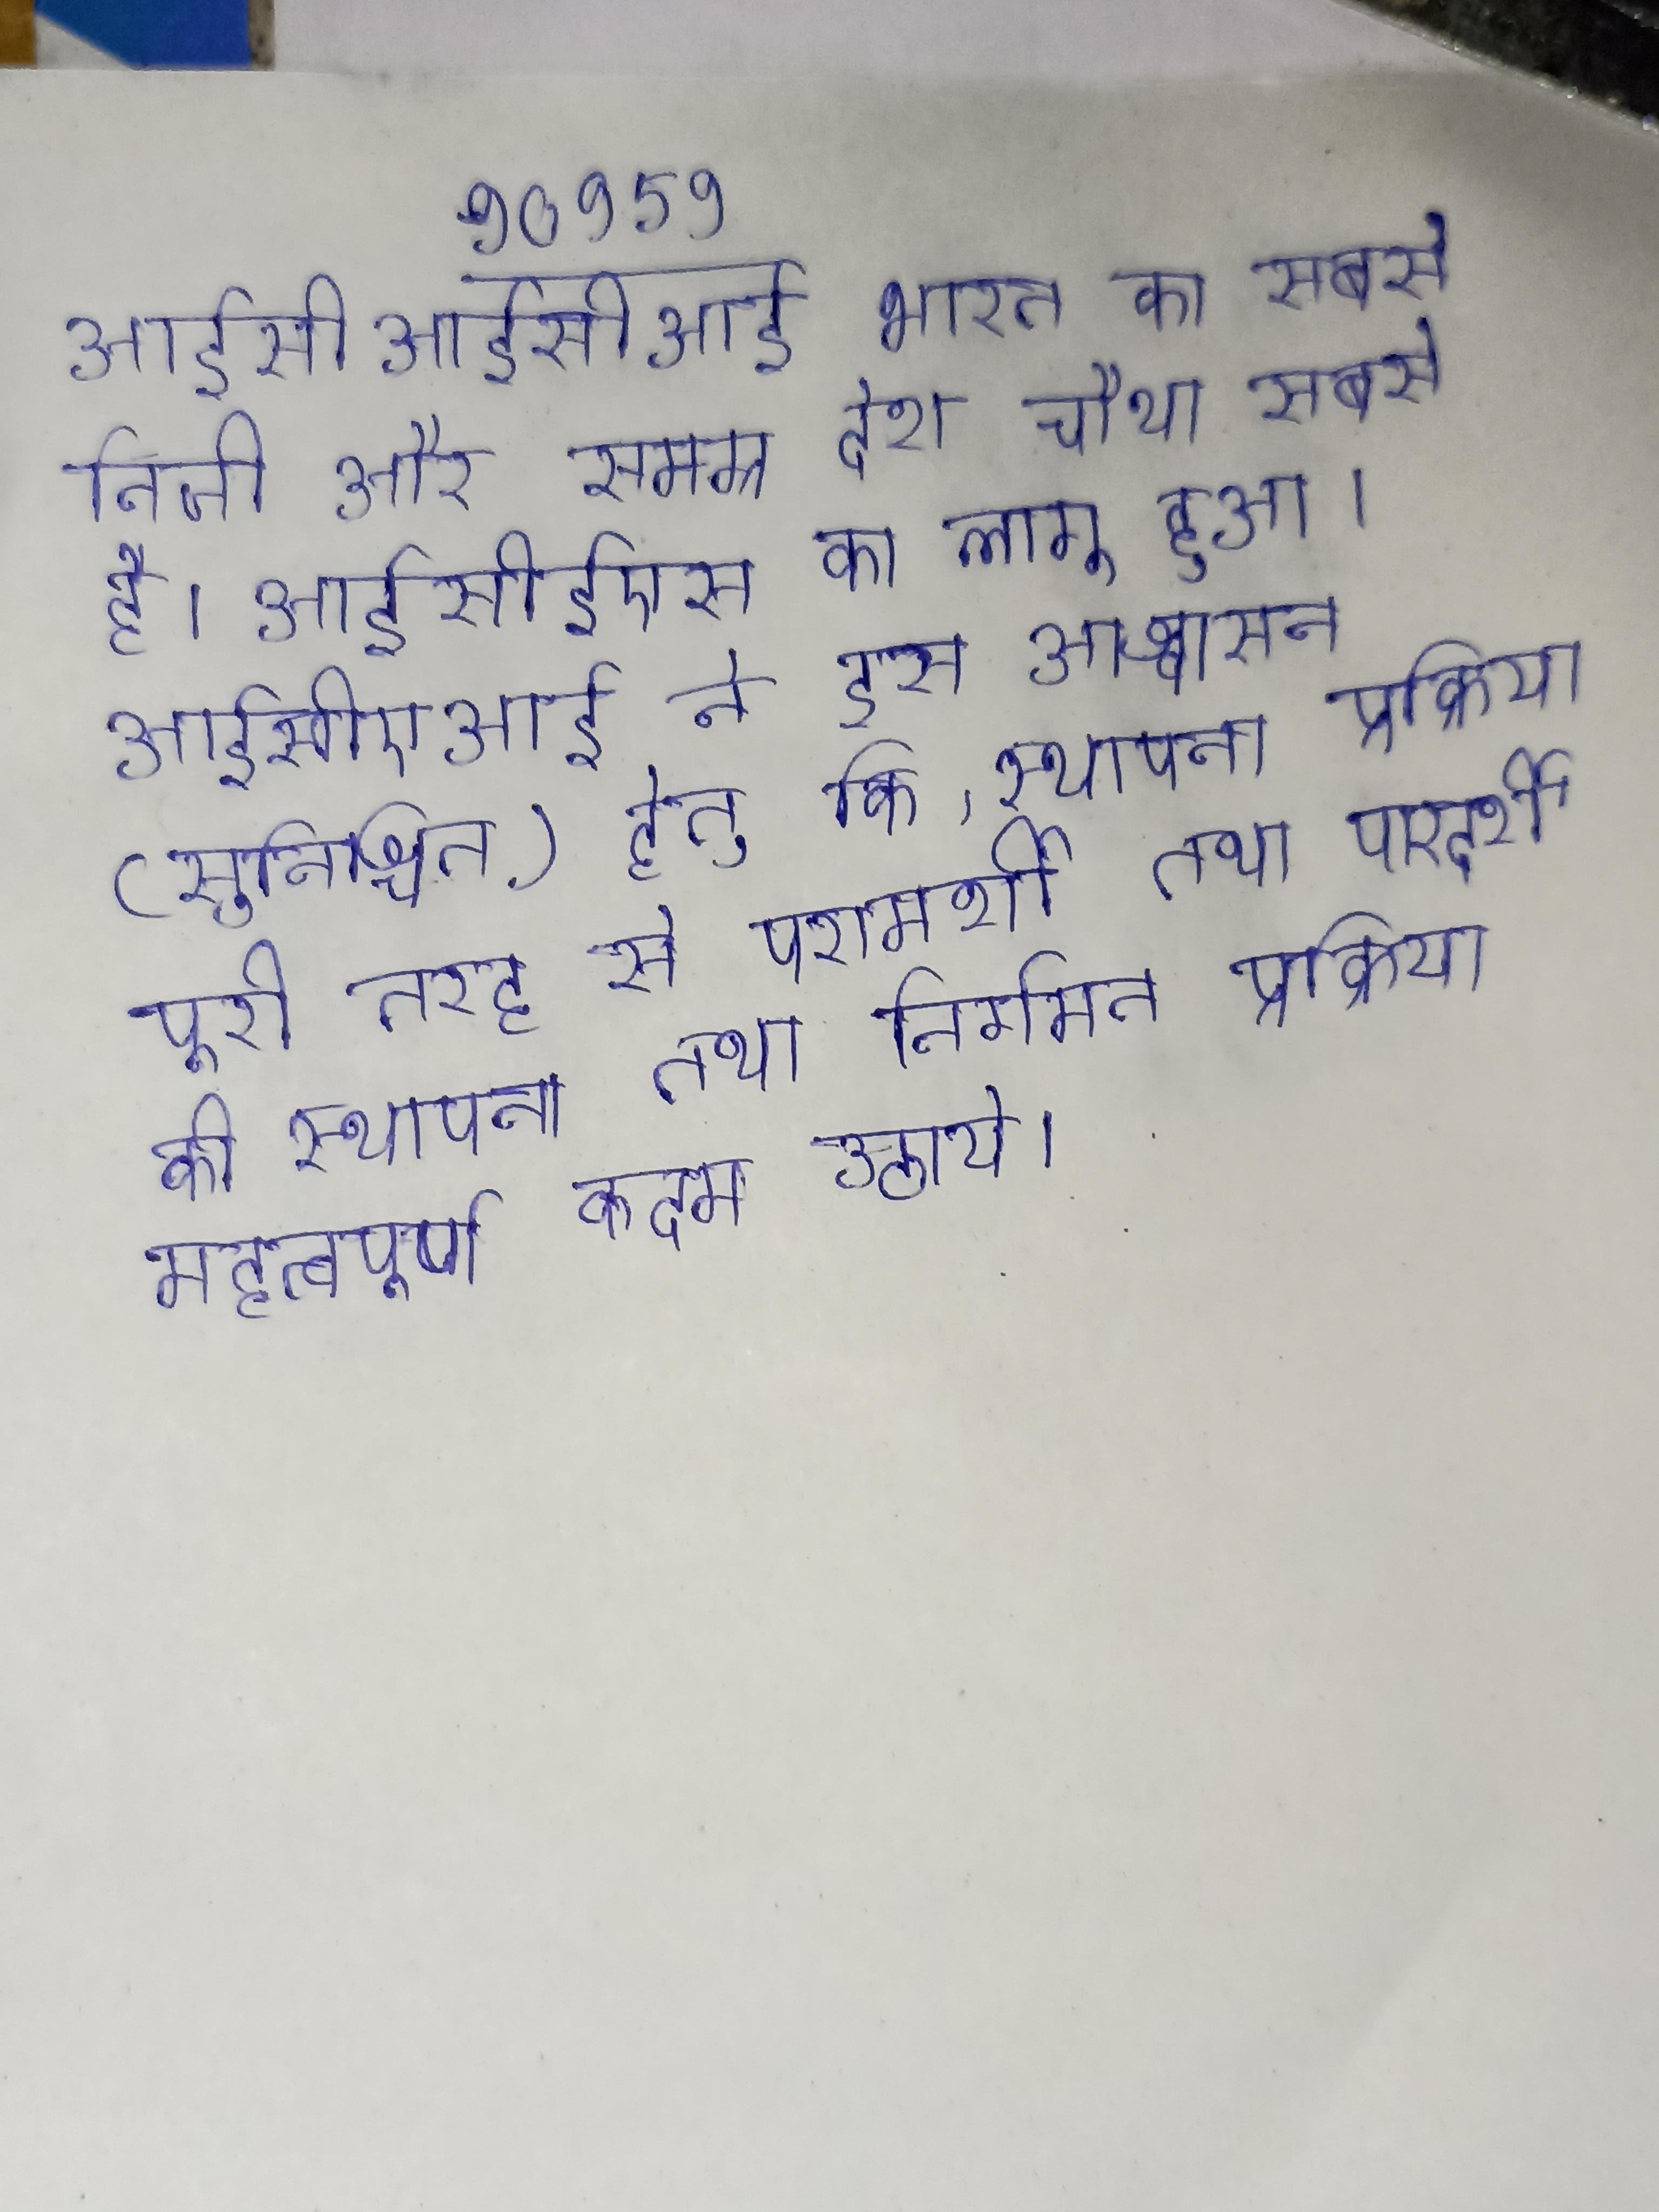
आईसीआईसीआई भारत का सबसे निजी और समग्र देश चौथा सबसे है । आईसीईएस का लागू हुआ । आईसीएआई ने इस आश्वासन (सुनिश्चित) हेतु कि, स्थापना प्रक्रिया पूरी तरह से परामर्शी तथा पारदर्शी की स्थापना तथा निर्गमन प्रक्रिया महत्वपूर्ण कदम उठाये ।